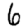
Digit: 6